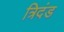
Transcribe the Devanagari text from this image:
त्रिदंड